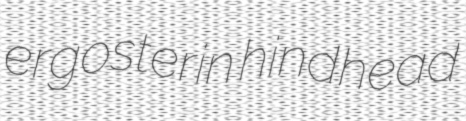
ergosterin hindhead